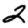
Digit: 2